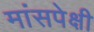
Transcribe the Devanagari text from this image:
मांसपेक्षी